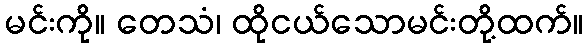
မင်းကို။ တေသံ၊ ထိုငယ်သောမင်းတို့ထက်။